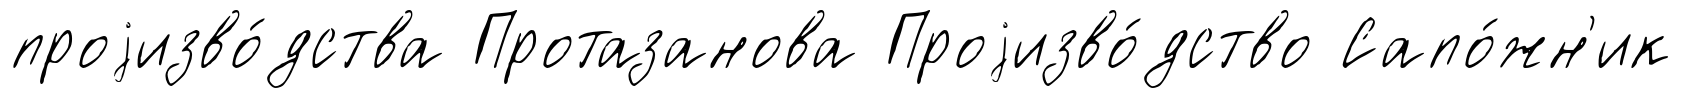
проjизво́дства Протазанова Проjизво́дство Сапо́жн'ик